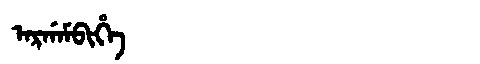
Manchu: ᠠᡵᡤᠠᠮᠪᡳᡥᡝ
Romanization: ARGAMBIHE